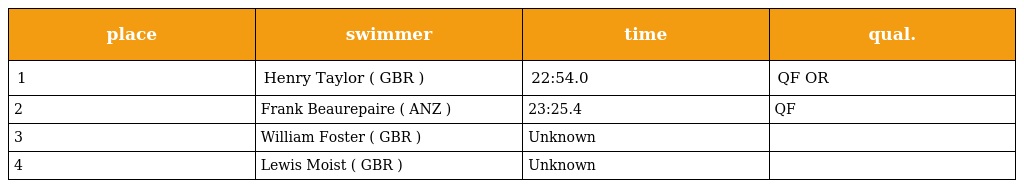
| place | swimmer | time | qual. |
 | --- | --- | --- | --- |
 | 1 | Henry Taylor ( GBR ) | 22:54.0 | QF OR |
 | 2 | Frank Beaurepaire ( ANZ ) | 23:25.4 | QF |
 | 3 | William Foster ( GBR ) | Unknown |  |
 | 4 | Lewis Moist ( GBR ) | Unknown |  |